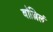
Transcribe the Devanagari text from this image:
बॉल्लिलं